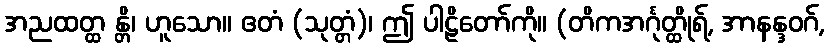
အညထတ္ထ န္တိ၊ ဟူသော။ ဧတံ (သုတ္တံ)၊ ဤ ပါဠိတော်ကို။ (တိကအင်္ဂုတ္ထိုရ်, အာနန္ဒဝဂ်,